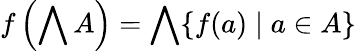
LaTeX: f\left(\bigwedge A\right)=\bigwedge\{ f(a)\mid a\in A\}